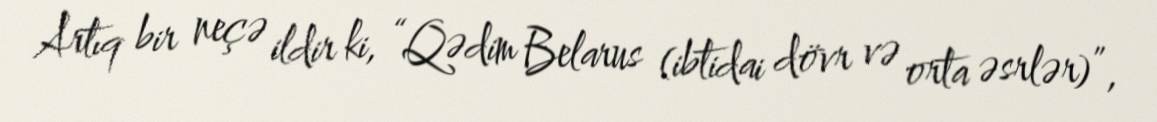
Artıq bir neçə ildir ki, “Qədim Belarus (ibtidai dövr və orta əsrlər)”,